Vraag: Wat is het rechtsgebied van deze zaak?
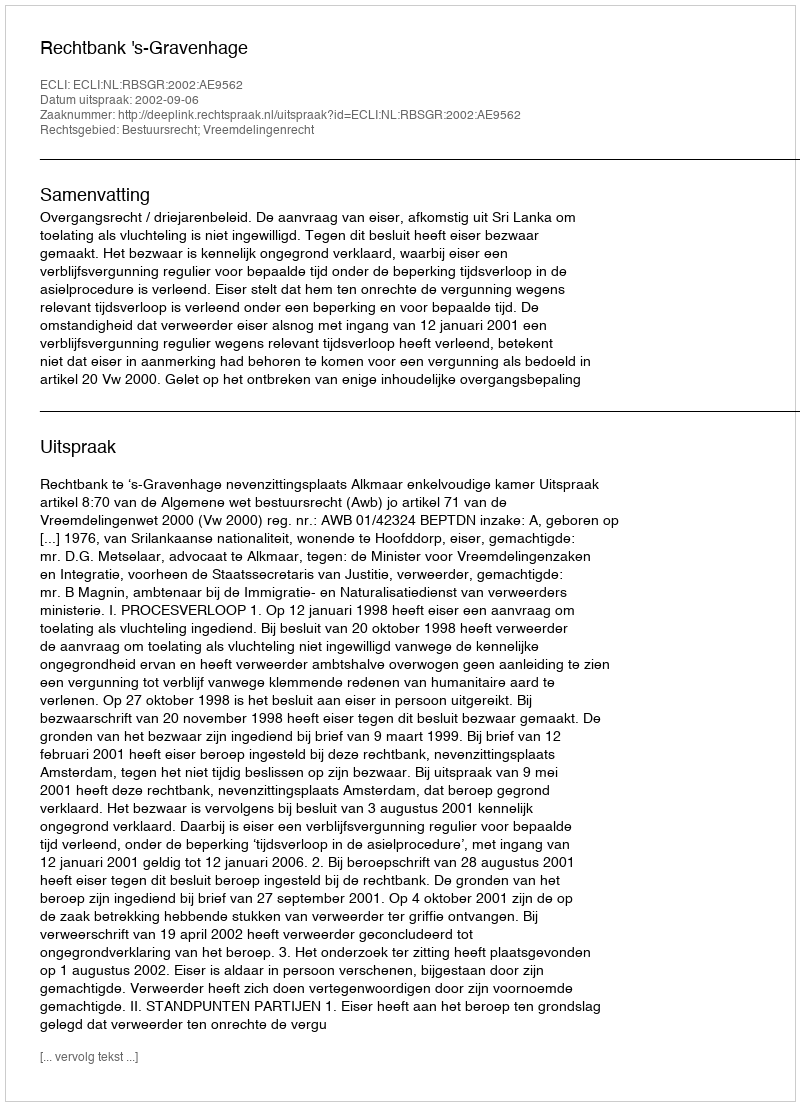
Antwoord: Bestuursrecht; Vreemdelingenrecht